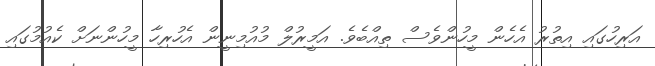
އަރިހުގައި އިތުރު އެހެން މީހުންވެސް ތިއްބެވެ. އަމީރުލް މުއުމިނީން އެހުރިހާ މީހުންނަށް ކެއުމުގައި